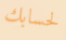
لحسابك